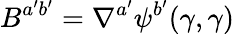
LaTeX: B^{a^{\prime}b^{\prime}}=\nabla^{a^{\prime}}\psi^{b^{\prime}}(\gamma,\gamma)